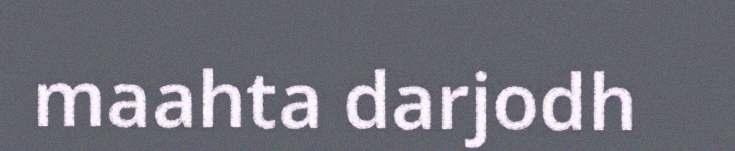
maahta darjodh